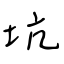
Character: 坑